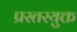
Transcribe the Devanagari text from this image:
प्रस्तरयुक्त